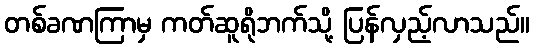
တစ်ခဏကြာမှ ကတ်ဆူရိုဘက်သို့ ပြန်လှည့်လာသည်။